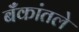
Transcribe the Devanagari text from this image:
बँकांतले